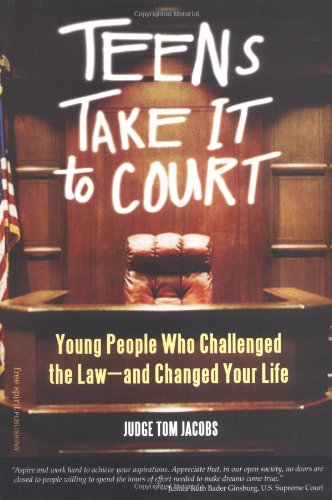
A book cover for Teens Take It to Court: Young People Who Challenged the LawEEand Changed Your Life; Thomas A. Jacobs J.D.; Children's Books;